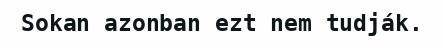
Sokan azonban ezt nem tudják.